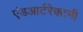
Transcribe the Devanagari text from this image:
एंडआर्टरेक्टमी